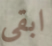
ابقى